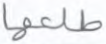
طلعها